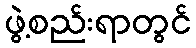
ဖွဲ့စည်းရာတွင်